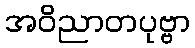
အဝိညာတပုဗ္ဗာ